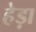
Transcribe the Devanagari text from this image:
हेड़ा